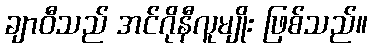
ချာဝီသည် အင်ဂိုနီလူမျိုး ဖြစ်သည်။